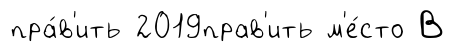
пра́в'ить 2019прав'ить м'е́сто В